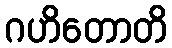
ဂဟိတောတိ